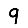
Digit: 9